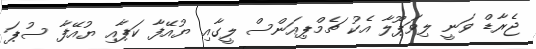
ޖެރާޑް ވަނީ ލިވަޕޫލާ އެކު ޗެމްޕިއަންސް ލީގާއި ޔުއޭފާ ކަޕާއި ޔުއޭފާ ސުޕަ